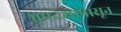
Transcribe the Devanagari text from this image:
भूप्रदेशापासून